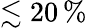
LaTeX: \lesssim 20\, \%